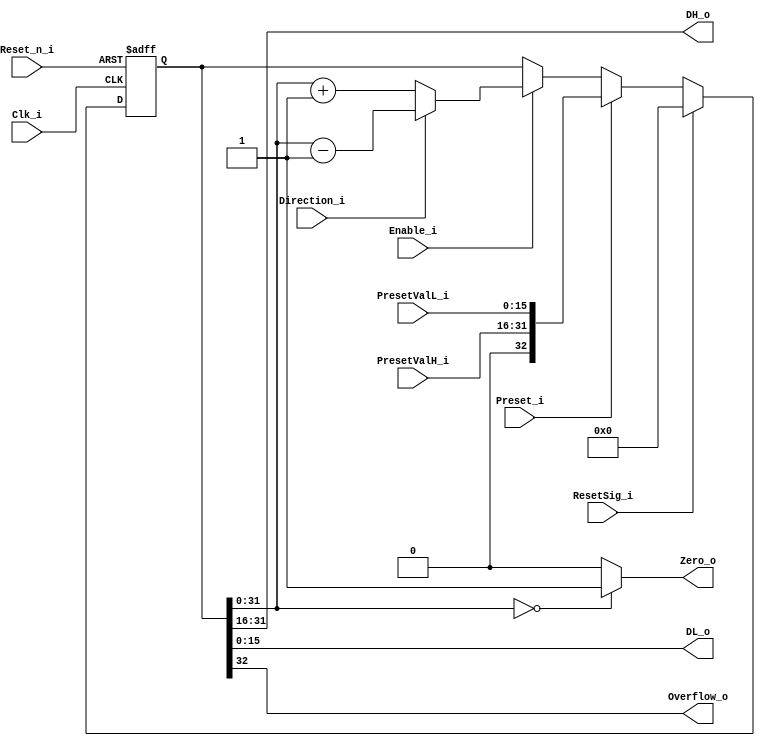
module Counter32 (
  (* intersynth_port = "Reset_n_i" *)
  input Reset_n_i,
  (* intersynth_port = "Clk_i" *)
  input Clk_i,
  (* intersynth_conntype = "Bit" *)
  input ResetSig_i,
  (* intersynth_conntype = "Bit" *)
  input Preset_i,
  (* intersynth_conntype = "Bit" *)
  input Enable_i,
  (* intersynth_conntype = "Bit" *)
  input Direction_i,
  (* intersynth_conntype = "Word" *)
  input[15:0] PresetValH_i,
  (* intersynth_conntype = "Word" *)
  input[15:0] PresetValL_i,
  (* intersynth_conntype = "Word" *)
  output[15:0] DH_o,
  (* intersynth_conntype = "Word" *)
  output[15:0] DL_o,
  (* intersynth_conntype = "Bit" *)
  output Overflow_o,
  (* intersynth_conntype = "Bit" *)
  output Zero_o
);

  reg [32:0] Value;

  always @(negedge Reset_n_i or posedge Clk_i)
  begin
    if (!Reset_n_i)
    begin
      Value   <= 'd0;
    end
    else
    begin
      if (ResetSig_i)
        Value <= 'd0;
      else if (Preset_i)
        Value <= {1'b0, PresetValH_i, PresetValL_i};
      else if (Enable_i)
      begin
        if (!Direction_i)
          Value <= {1'b0, Value[31:0]} + 1'b1;
        else
          Value <= {1'b0, Value[31:0]} - 1'b1;
      end
    end
  end

  assign DH_o = Value[31:16];
  assign DL_o = Value[15:0];

  assign Zero_o = (Value[31:0] == 'd0 ? 1'b1 : 1'b0);

  assign Overflow_o = Value[32];

endmodule